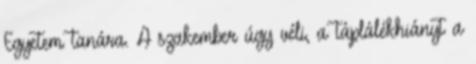
Egyetem tanára. A szakember úgy véli, a táplálékhiányt a